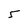
Character: 5